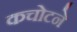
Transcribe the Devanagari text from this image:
कचोटने